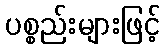
ပစ္စည်းများဖြင့်